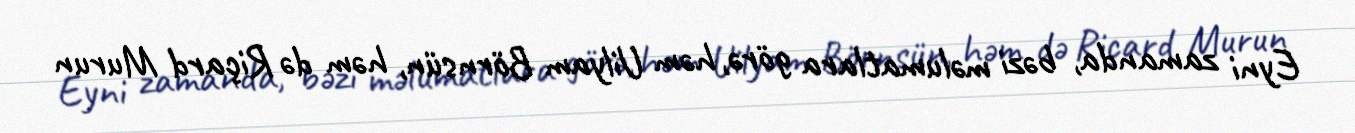
Eyni zamanda, bəzi məlumatlara görə, həm Uilyam Börnsün, həm də Riçard Murun